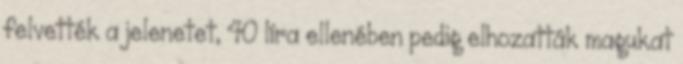
felvették a jelenetet, 40 líra ellenében pedig elhozatták magukat